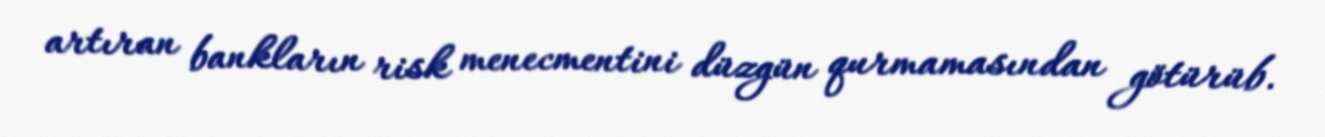
artıran bankların risk menecmentini düzgün qurmamasından götürüb.